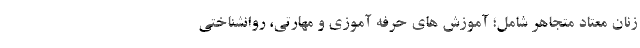
زنان معتاد متجاهر شامل؛ آموزش های حرفه آموزی و مهارتی، روانشناختی